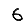
Digit: 6